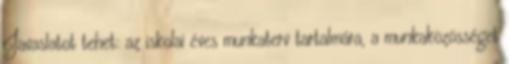
Javaslatot tehet: az iskolai éves munkaterv tartalmára, a munkaközösséget